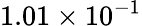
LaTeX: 1.01\times 10^{-1}